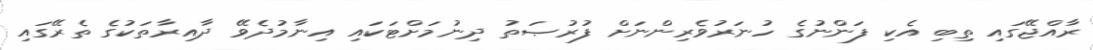
ރާއްޖޭގައި ތިބި އެކި ފަންނުގެ ހުނަރުވެރިންނަށް ފުރުޞަތު ދިނުމަށްޓަކައި އިނާމުދެވޭ ދާއިރާތަކުގެ ތެރޭގައި